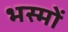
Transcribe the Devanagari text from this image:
भस्मों